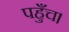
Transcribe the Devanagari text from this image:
पहुँच।